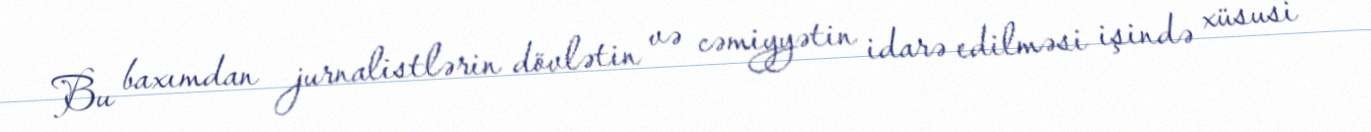
Bu baxımdan jurnalistlərin dövlətin və cəmiyyətin idarə edilməsi işində xüsusi